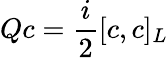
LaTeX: Qc={\frac{i}{2}}[c,c]_{L}